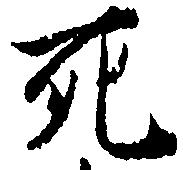
死